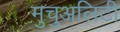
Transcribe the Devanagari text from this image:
मुचुअलिटी